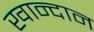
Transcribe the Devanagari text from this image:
खान्दान